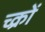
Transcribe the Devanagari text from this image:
च्क्रों